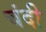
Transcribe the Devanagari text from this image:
चंदी